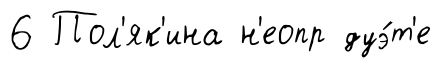
6 Пол'як'ина н'еопр дуэ́т'е